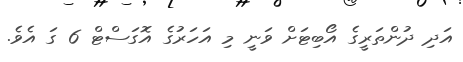
އަދި ދުންތަރީގެ އޯބިޓަށް ވަނީ މި އަހަރުގެ އޮގަސްޓް 6 ގަ އެވެ.